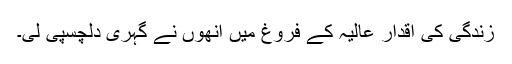
زندگی کی اقدار عالیہ کے فروغ میں انھوں نے گہری دلچسپی لی۔